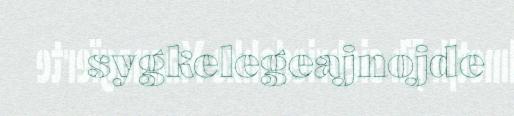
sygkelegeajnojde